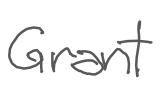
Text: Grant
Cross-out: clean
Writing tool: digital_gray